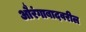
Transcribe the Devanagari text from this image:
औरंगाबादवरील